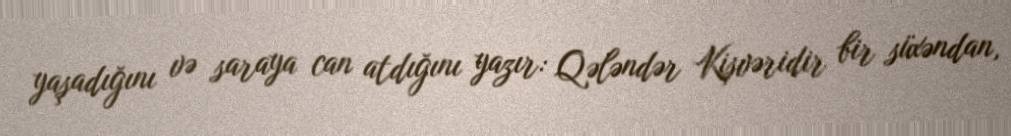
yaşadığını və saraya can atdığını yazır: Qələndər Kişvəridir bir süxəndan,